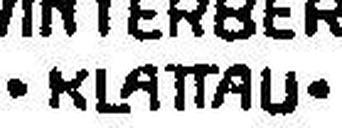
·KLATTAU·